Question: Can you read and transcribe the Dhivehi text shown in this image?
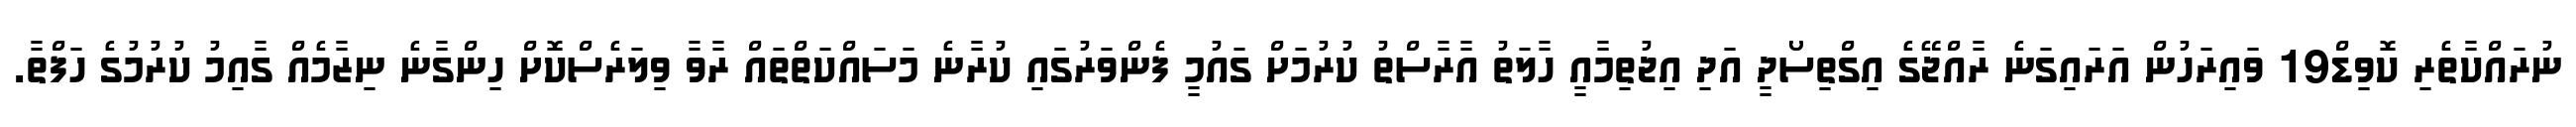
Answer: ނުރައްކާތެރި ކޮވިޑް19 ވައިރަހުން އަރައިގަނެ ރާއްޖޭގެ އިގްތިސޯދީ އަދި އިޖުތިމާއީ ހާލަތު އާރާސްތު ކުރުމަށް ގައުމީ ފެންވަރުގައި ކުރާނެ މަސައްކަތްތައް ރާވާ ވިލަރެސްކޮށް ހިންގާނެ ނިޒާމެއް ގާއިމު ކުރުމުގެ ހަފްތާ.